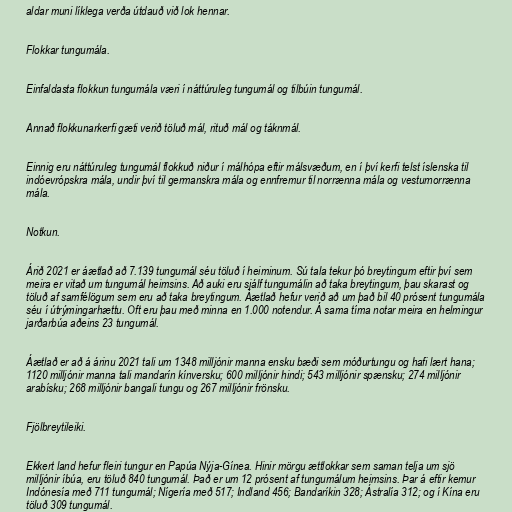
aldar muni líklega verða útdauð við lok hennar.

Flokkar tungumála.

Einfaldasta flokkun tungumála væri í náttúruleg tungumál og tilbúin tungumál.

Annað flokkunarkerfi gæti verið töluð mál, rituð mál og táknmál.

Einnig eru náttúruleg tungumál flokkuð niður í málhópa eftir málsvæðum, en í því kerfi telst íslenska til
indóevrópskra mála, undir því til germanskra mála og ennfremur til norrænna mála og vesturnorrænna
mála.

Notkun.

Árið 2021 er áætlað að 7.139 tungumál séu töluð í heiminum. Sú tala tekur þó breytingum eftir því sem
meira er vitað um tungumál heimsins. Að auki eru sjálf tungumálin að taka breytingum, þau skarast og
töluð af samfélögum sem eru að taka breytingum. Áætlað hefur verið að um það bil 40 prósent tungumála
séu í útrýmingarhættu. Oft eru þau með minna en 1.000 notendur. Á sama tíma notar meira en helmingur
jarðarbúa aðeins 23 tungumál.

Áætlað er að á árinu 2021 tali um 1348 milljónir manna ensku bæði sem móðurtungu og hafi lært hana;
1120 milljónir manna tali mandarín kínversku; 600 milljónir hindi; 543 milljónir spænsku; 274 milljónir
arabísku; 268 milljónir bangali tungu og 267 milljónir frönsku.

Fjölbreytileiki.

Ekkert land hefur fleiri tungur en Papúa Nýja-Gínea. Hinir mörgu ættlokkar sem saman telja um sjö
milljónir íbúa, eru töluð 840 tungumál. Það er um 12 prósent af tungumálum heimsins. Þar á eftir kemur
Indónesía með 711 tungumál; Nígería með 517; Indland 456; Bandaríkin 328; Ástralía 312; og í Kína eru
töluð 309 tungumál.